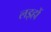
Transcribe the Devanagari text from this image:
लइहों